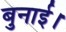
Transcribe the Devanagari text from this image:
बुनाई।